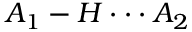
A _ { 1 } - H \cdot \cdot \cdot A _ { 2 }